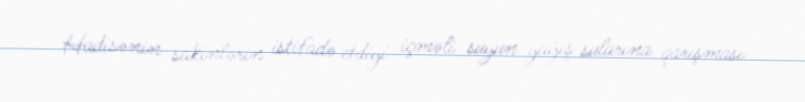
Hadisənin sakinlərin istifadə etdiyi içməli suyun yağış sularına qarışması